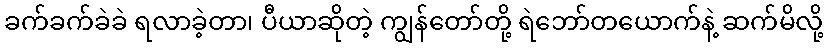
ခက်ခက်ခဲခဲ ရလာခဲ့တာ၊ ပီယာဆိုတဲ့ ကျွန်တော်တို့ ရဲဘော်တယောက်နဲ့ ဆက်မိလို့